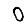
Digit: 0